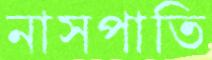
নাসপাতি